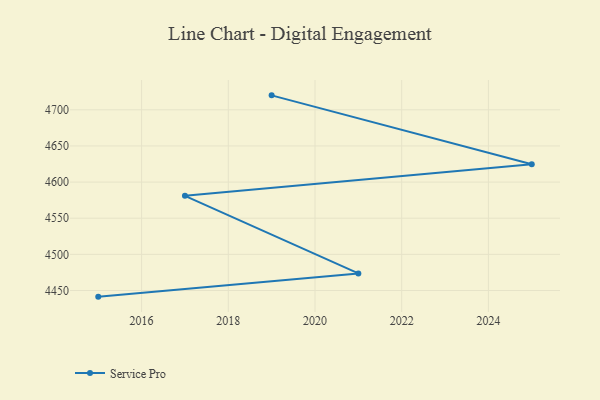
{"axis": {"x": "Year", "y": "Satisfaction Score"}, "legend": ["Service Pro"], "data": [{"x": "2019", "y": 4720.0, "type": "Service Pro"}, {"x": "2025", "y": 4624.6, "type": "Service Pro"}, {"x": "2017", "y": 4581.0, "type": "Service Pro"}, {"x": "2021", "y": 4473.7, "type": "Service Pro"}, {"x": "2015", "y": 4441.5, "type": "Service Pro"}]}